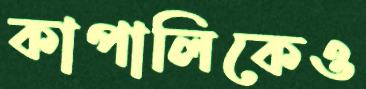
কাপালিকেও